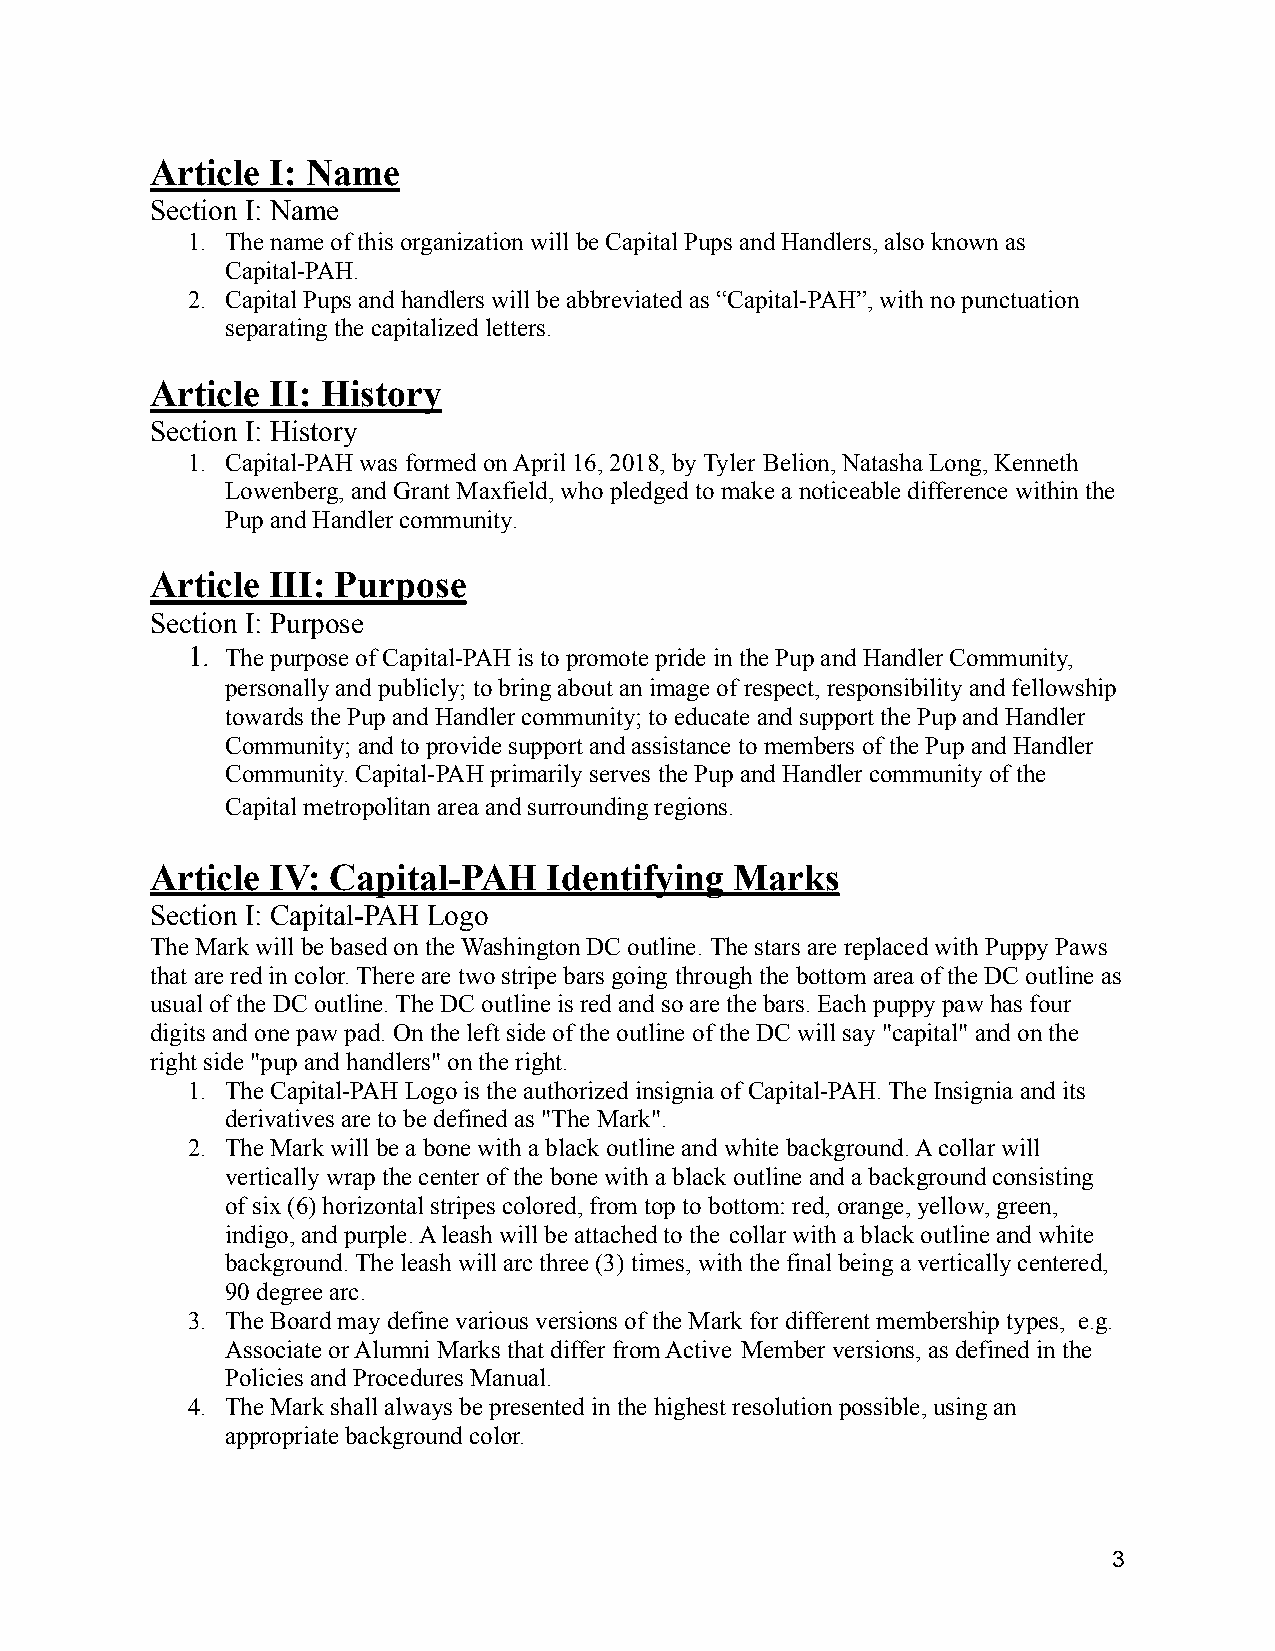
Article I: Name
 Section I: Name
 1. The name of this organization will be Capital Pupsand Handlers, also known as
 Capital-PAH.
 2. Capital Pups and handlers will be abbreviated as “Capital-PAH”, with no punctuation
 separating the capitalized letters.
 Article II: History
 Section I: History
 1. Capital-PAH was formed on April 16, 2018, by Tyler Belion, Natasha Long, Kenneth
 Lowenberg, and Grant Maxfield, who pledged to make a noticeable difference within the
 Pup and Handler community.
 Article III: Purpose
 Section I: Purpose
 1. The purpose of Capital-PAH is to promote pride inthe Pup and Handler Community,
 personally and publicly; to bring about an image of respect, responsibility and fellowship
 towards the Pup and Handler community; to educate and support the Pup and Handler
 Community; and to provide support and assistance tomembers of the Pup and Handler
 Community. Capital-PAH primarily serves the Pup andHandler community of the
 Capital metropolitan area and surrounding regions.
 Article IV: Capital-PAH   Identifying  Marks
 Section I: Capital-PAH Logo
 The Mark will be based on the Washington DC outline. The stars are replaced with Puppy Paws
 that are red in color. There are two stripe bars going through the bottom area of the DC outline as
 usual of the DC outline. The DC outline is red and so are the bars. Each puppy paw has four
 digits and one paw pad. On the left side of the outlineof the DC will say "capital" and on the
 right side "pup and handlers" on the right.
 1. The Capital-PAH Logo is the authorized insignia of Capital-PAH. The Insignia and its
 derivatives are to be defined as "The Mark".
 2. The Mark will be a bone with a black outline and whitebackground. A collar will
 vertically wrap the center of the bone with a blackoutline and a background consisting
 of six (6) horizontal stripes colored, from top to bottom: red, orange, yellow, green,
 indigo, and purple. A leash will be attached to the collar with a black outline and white
 background. The leash will arc three (3) times, with the final being a vertically centered,
 90 degree arc.
 3. The Board may define various versions of the Mark for different membership types, e.g.
 Associate or Alumni Marks that differ from Active Member versions, as defined in the
 Policies and Procedures Manual.
 4. The Mark shall always be presented in the highest resolution possible, using an
 appropriate background color.
 3